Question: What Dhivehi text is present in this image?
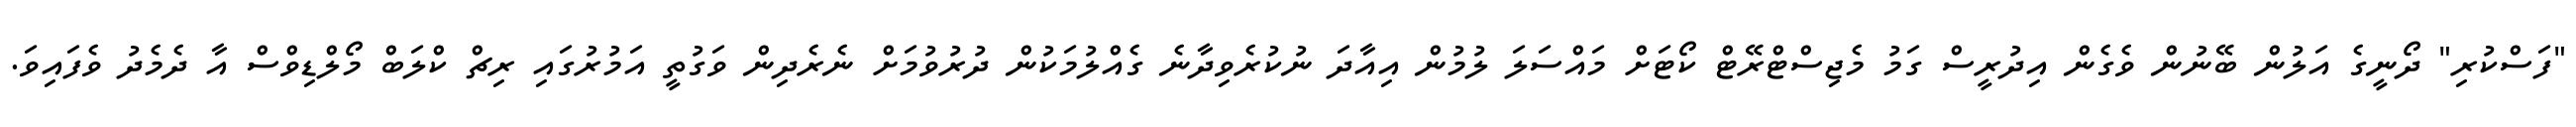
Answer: "ފަސްކުރި" ދޯނީގެ އަލުން ބޭނުން ވެގެން އިދުރީސް ގަމު މެޖިސްޓްރޭޓް ކޯޓަށް މައްސަލަ ލުމުން އިއާދަ ނުކުރެވިދާނެ ގެއްލުމަކުން ދުރުވުމަށް ނެރެދިން ވަގުތީ އަމުރުގައި ރިޗް ކްލަބް މޯލްޑިވްސް އާ ދެމެދު ވެފައިވަ.